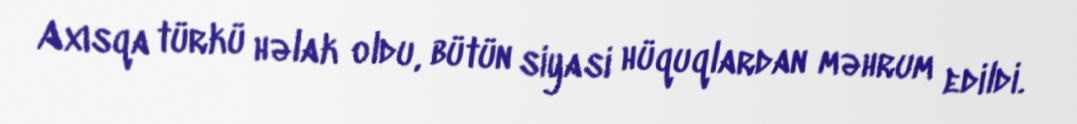
Axısqa türkü həlak oldu, bütün siyasi hüquqlardan məhrum edildi.